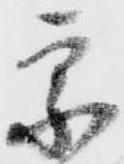
宗